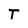
Character: T